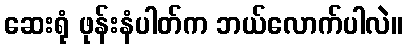
ဆေးရုံ ဖုန်းနံပါတ်က ဘယ်လောက်ပါလဲ။